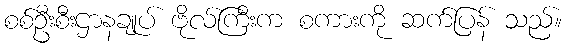
စစ်ဦးစီးဌာနချုပ် ဗိုလ်ကြီးက စကားကို ဆက်ပြန် သည်။